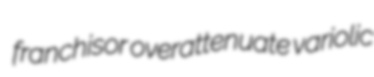
franchisor overattenuate variolic